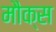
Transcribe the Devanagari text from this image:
मौक्स